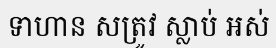
ទាហាន សត្រូវ ស្លាប់ អស់